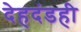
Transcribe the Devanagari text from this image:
देहदंडही